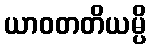
ယာဝတတိယမ္ပိ